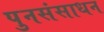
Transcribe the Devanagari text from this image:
पुनसंसाधन